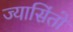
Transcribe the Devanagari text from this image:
ज्यासिंतो